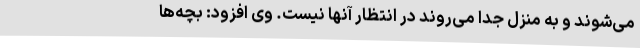
می‌شوند و به منزل جدا می‌روند در انتظار آنها نیست. وی افزود: بچه‌ها